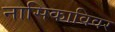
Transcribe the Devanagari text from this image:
नासिकाविवर